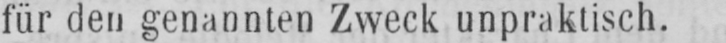
für den genannten Zweck unpraktisch.